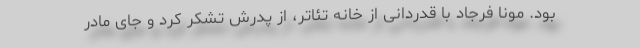
بود. مونا فرجاد با قدردانی از خانه تئاتر، از پدرش تشکر کرد و جای مادر